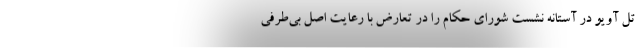
تل آویو در آستانه نشست شورای حکام را در تعارض با رعایت اصل بی‌طرفی